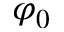
\varphi _ { 0 }